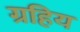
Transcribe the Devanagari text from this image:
ग्रहिय